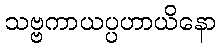
သဗ္ဗကာယပ္ပဟာယိနော